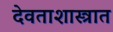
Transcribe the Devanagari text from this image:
देवताशास्त्रात